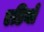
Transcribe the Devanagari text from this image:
एडियों